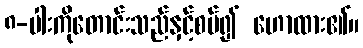
၈-ပါးကိုတောင်းသည်နှင့်စပ်၍ ဟောထား၏။